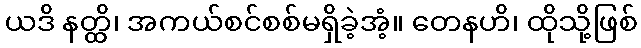
ယဒိ နတ္ထိ၊ အကယ်စင်စစ်မရှိခဲ့အံ့။ တေနဟိ၊ ထိုသို့ဖြစ်